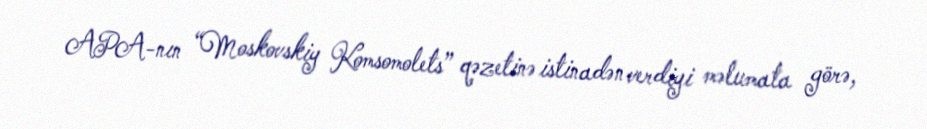
APA-nın “Moskovskiy Komsomolets” qəzetinə istinadən verdiyi məlumata görə,